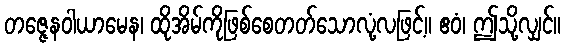
တဇ္ဇေနဝါယာမေန၊ ထိုအိမ်ကိုဖြစ်စေတတ်သောလုံ့လဖြင့်။ ဧဝံ၊ ဤသို့လျှင်။